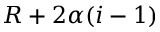
R + 2 \alpha ( i - 1 )